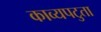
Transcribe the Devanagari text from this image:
काव्यपटुता